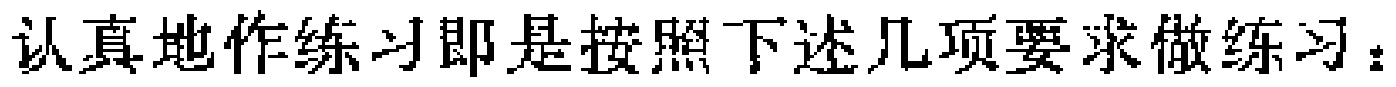
认真地作练习即是按照下述几项要求做练习：